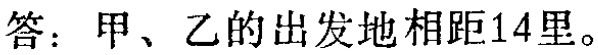
答：甲、乙的出发地相距14里。